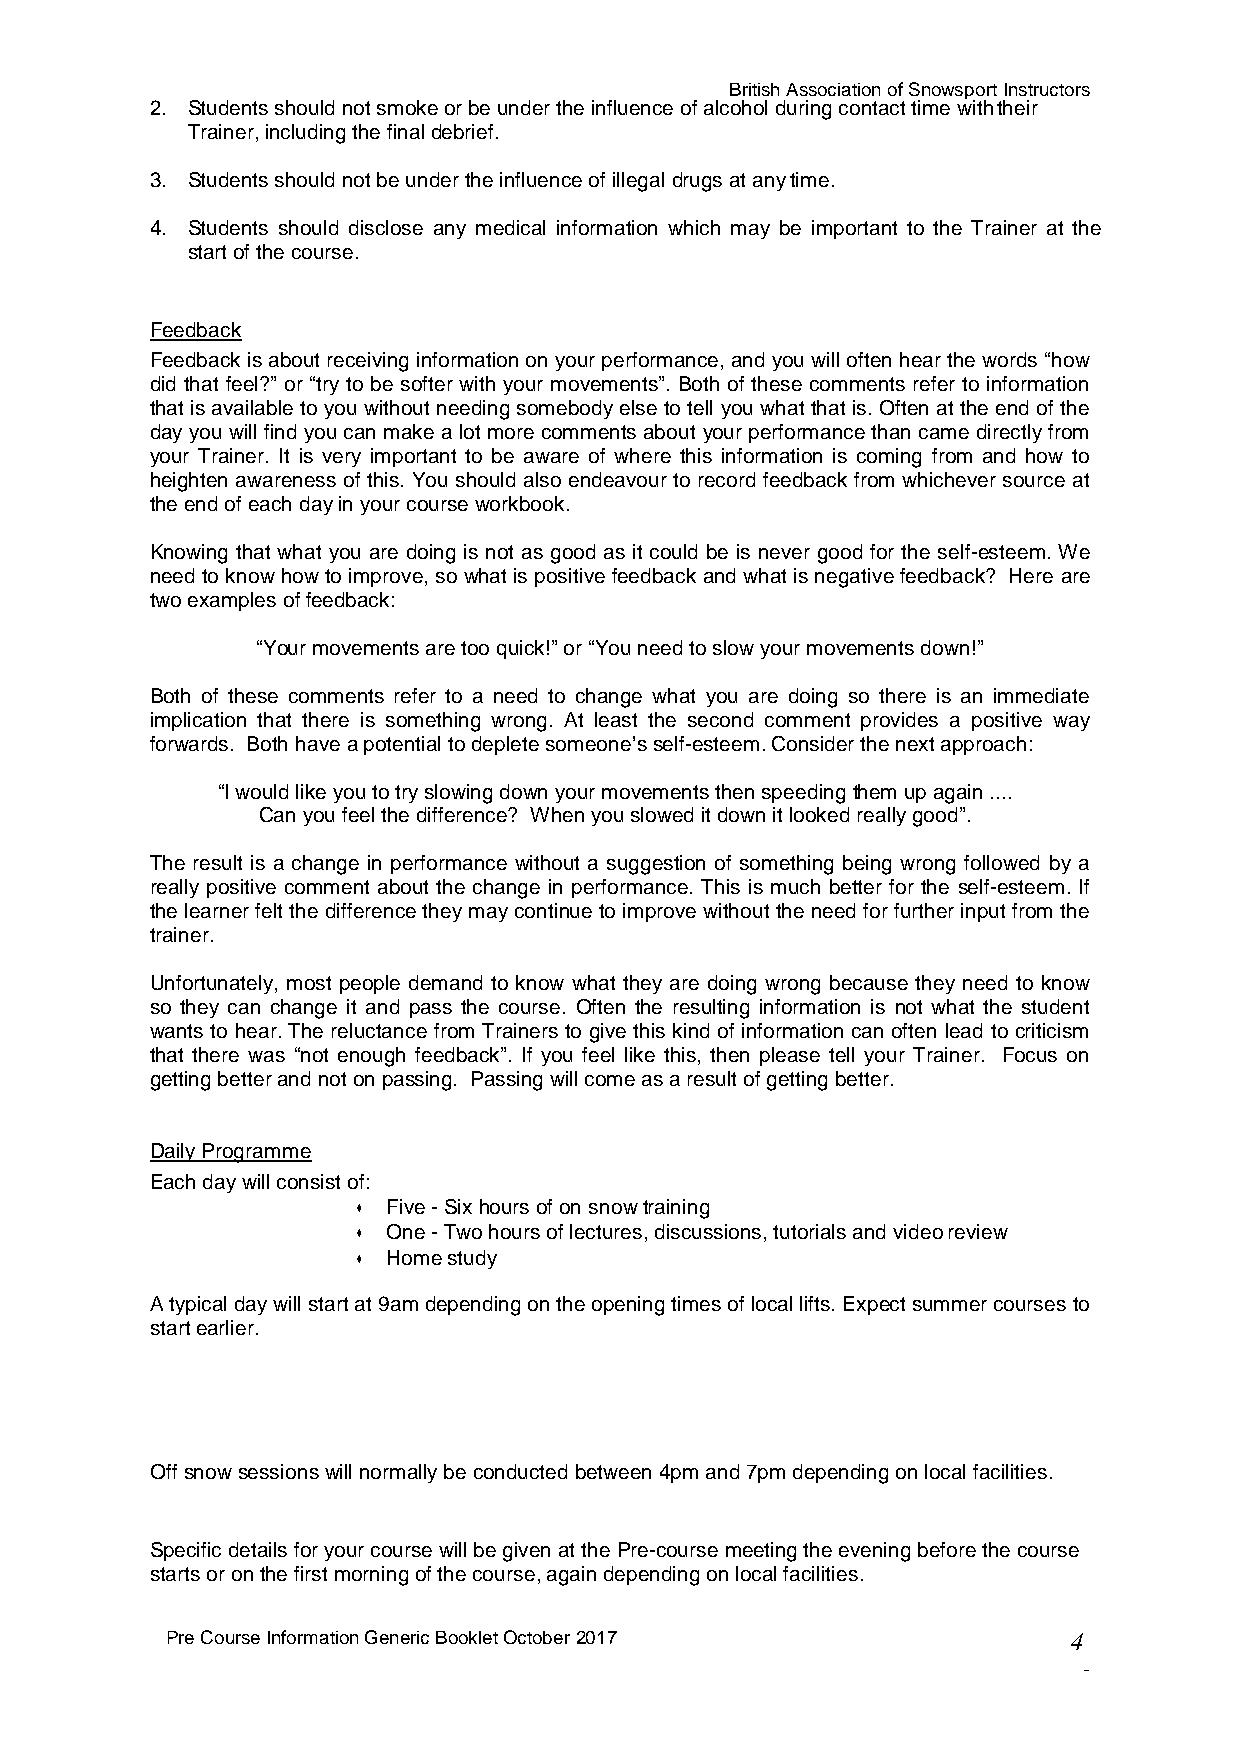
British Association of Snowsport Instructors
 2. Students should not smoke or be under the influence of alcohol during contact time with their
 Trainer, including the final debrief.
 3. Students should not be under the influence of illegal drugs at any time.
 4. Students should disclose any medical information which may be important to the Trainer at the
 start of the course.
 Feedback
 Feedback is about receiving information on your performance, and you will often hear the words “how
 did that feel?” or “try to be softer with your movements”. Both of these comments refer to information
 that is available to you without needing somebody else to tell you what that is. Often at the end of the
 day you will find you can make a lot more comments about your performance than came directly from
 your Trainer. It is very important to be aware of where this information is coming from and how to
 heighten awareness of this. You should also endeavour to record feedback from whichever source at
 the end of each day in your course workbook.
 Knowing that what you are doing is not as good as it could be is never good for the self-esteem. We
 need to know how to improve, so what is positive feedback and what is negative feedback? Here are
 two examples of feedback:
 “Your movements are too quick!” or “You need to slow your movements down!”
 Both of these comments refer to a need to change what you are doing so there is an immediate
 implication that there is something wrong. At least the second comment provides a positive way
 forwards. Both have a potential to deplete someone’s self-esteem. Consider the next approach:
 “I would like you to try slowing down your movements then speeding them up again ....
 Can you feel the difference? When you slowed it down it looked really good”.
 The result is a change in performance without a suggestion of something being wrong followed by a
 really positive comment about the change in performance. This is much better for the self-esteem. If
 the learner felt the difference they may continue to improve without the need for further input from the
 trainer.
 Unfortunately, most people demand to know what they are doing wrong because they need to know
 so they can change it and pass the course. Often the resulting information is not what the student
 wants to hear. The reluctance from Trainers to give this kind of information can often lead to criticism
 that there was “not enough feedback”. If you feel like this, then please tell your Trainer. Focus on
 getting better and not on passing. Passing will come as a result of getting better.
 Daily Programme
 Each day will consist of:
 • Five - Six hours of on snow training
 • One - Two hours of lectures, discussions, tutorials and video review
 • Home study
 A typical day will start at 9am depending on the opening times of local lifts. Expect summer courses to
 start earlier.
 Off snow sessions will normally be conducted between 4pm and 7pm depending on local facilities.
 Specific details for your course will be given at the Pre-course meeting the evening before the course
 starts or on the first morning of the course, again depending on local facilities.
 Pre Course Information Generic Booklet October 2017         4
 -